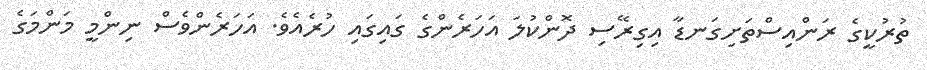
ތުރުކީގެ ރަންއިސްތަށިގަނޑާ އިގިރޭސި ދޮންކުލަ އަހަރެންގެ ގައިގައި ހުރެއެވެ. އަހަރެންވެސް ނިންމީ މަންމަގެ